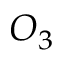
O _ { 3 }